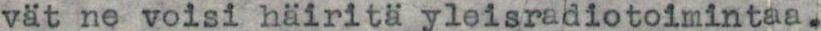
vät ne voisi häiritä yleisradiotoimintaa.